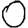
Digit: 0